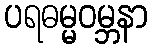
ပရဓမ္မဝမ္ဘနာ